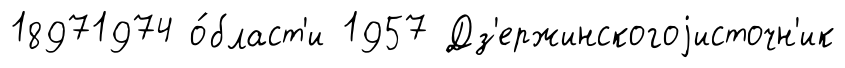
18971974 о́бласт'и 1957 Дз'ержинскогоjисточн'ик